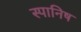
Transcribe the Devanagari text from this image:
स्पानिष